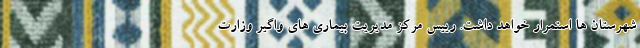
شهرستان ها استمرار خواهد داشت. رییس مرکز مدیریت بیماری های واگیر وزارت